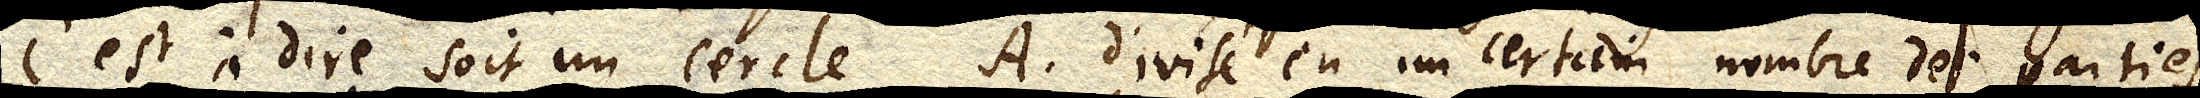
c’est à dire soit un cercle A. divisé en un certain nombre de parties,